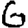
Digit: 6